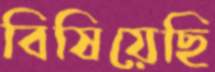
বিষিয়েছি